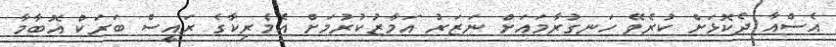
އެސްއާ ދެކޮޅަށް ކުރެވޭ ހަނގުރާމައަށް ނަޒަރު އަމާޒުކުރުމަށް އެމެރިކާގެ ރައީސް ބަރަކް އޮބާމާ